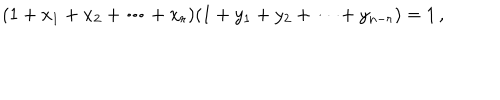
LaTeX: ( 1 + x _ { 1 } + x _ { 2 } + \cdots + x _ { r } ) ( 1 + y _ { 1 } + y _ { 2 } + \cdots + y _ { n - r } ) = 1 \, ,